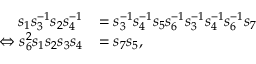
\begin{array} { r l } { s _ { 1 } s _ { 3 } ^ { - 1 } s _ { 2 } s _ { 4 } ^ { - 1 } } & { = s _ { 3 } ^ { - 1 } s _ { 4 } ^ { - 1 } s _ { 5 } s _ { 6 } ^ { - 1 } s _ { 3 } ^ { - 1 } s _ { 4 } ^ { - 1 } s _ { 6 } ^ { - 1 } s _ { 7 } } \\ { \Leftrightarrow s _ { 6 } ^ { 2 } s _ { 1 } s _ { 2 } s _ { 3 } s _ { 4 } } & { = s _ { 7 } s _ { 5 } , } \end{array}